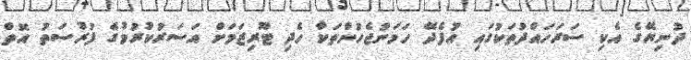
ދުނިޔޭގެ އެކި ސަރަހައްދުތަކުގައި އުފެދޭ ހަމަނުޖެހުންތަކާ ހެދި ޓޫރިޒަމަށް އަސަރުކުރުމުގެ ފުރުސަތު އޮތް